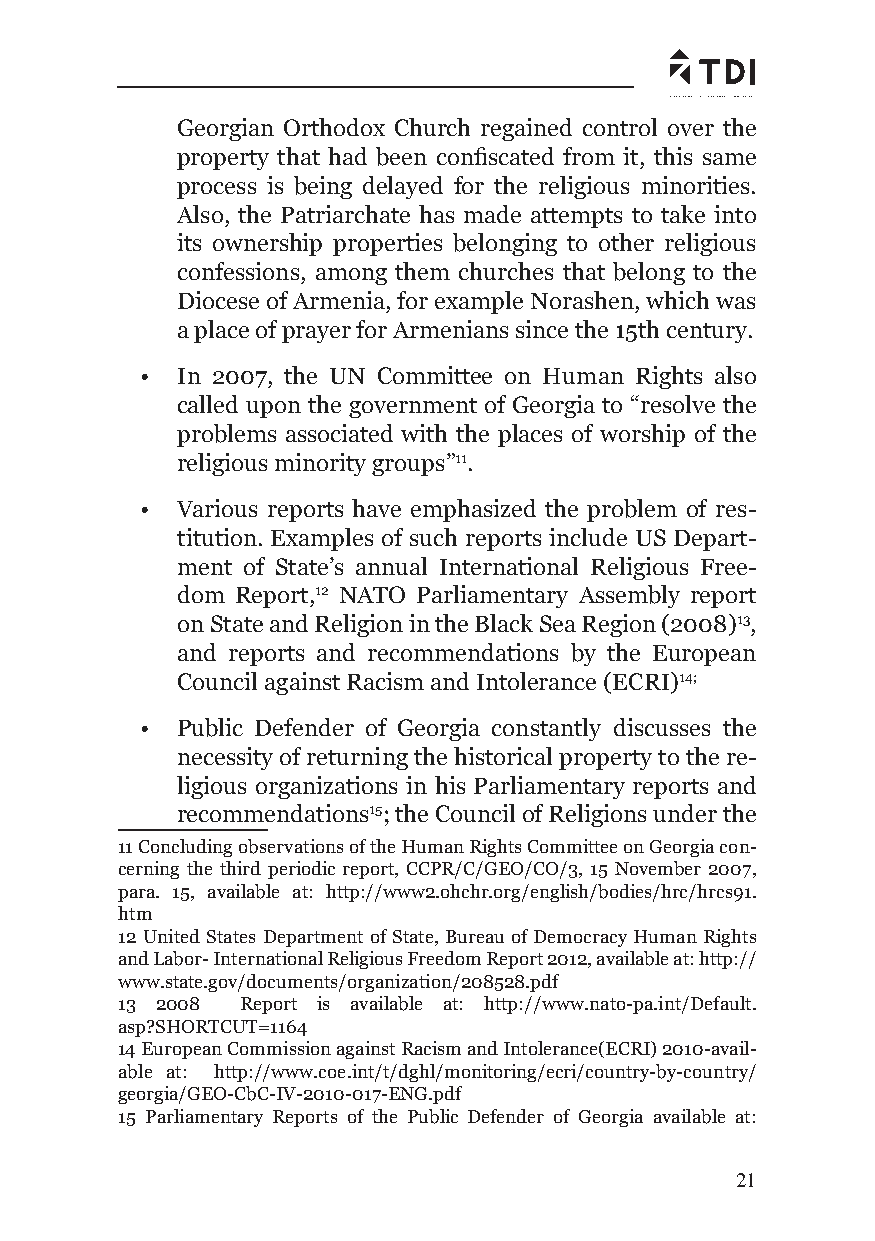
Georgian Orthodox Church regained control over the
 property that had been confi scated from it, this same
 process is being delayed for the religious minorities.
 Also, the Patriarchate has made attempts to take into
 its ownership properties belonging to other religious
 confessions, among them churches that belong to the
 Diocese of Armenia, for example Norashen, which was
 a place of prayer for Armenians since the 15th century.
 •  In 2007, the UN Committee on Human Rights also
 called upon the government of Georgia to “resolve the
 problems associated with the places of worship of the
 religious minority groups”11.
 •  Various reports have emphasized the problem of res-
 titution. Examples of such reports include US Depart-
 ment of State’s annual International Religious Free-
 dom Report,12 NATO Parliamentary Assembly report
 on State and Religion in the Black Sea Region (2008)13,
 and reports and recommendations by the European
 Council against Racism and Intolerance (ECRI)14;
 •  Public Defender of Georgia constantly discusses the
 necessity of returning the historical property to the re-
 ligious organizations in his Parliamentary reports and
 recommendations15; the Council of Religions under the
 11 Concluding observations of the Human Rights Committee on Georgia con-
 cerning the third periodic report, CCPR/C/GEO/CO/3, 15 November 2007,
 para. 15, available at: http://www2.ohchr.org/english/bodies/hrc/hrcs91.
 htm
 12 United States Department of State, Bureau of Democracy Human Rights
 and Labor- International Religious Freedom Report 2012, available at: http://
 www.state.gov/documents/organization/208528.pdf
 13 2008 Report is available at: http://www.nato-pa.int/Default.
 asp?SHORTCUT=1164
 14 European Commission against Racism and Intolerance(ECRI) 2010-avail-
 able at: http://www.coe.int/t/dghl/monitoring/ecri/country-by-country/
 georgia/GEO-CbC-IV-2010-017-ENG.pdf
 15 Parliamentary Reports of the Public Defender of Georgia available at:
 21